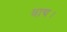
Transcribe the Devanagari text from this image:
वाद्य।